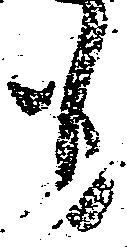
も